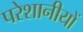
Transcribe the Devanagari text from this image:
परेशानीयों